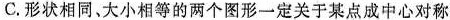
C.形状相同、大小相等的两个图形一定关于某点成中心对称